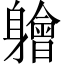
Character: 𫏱